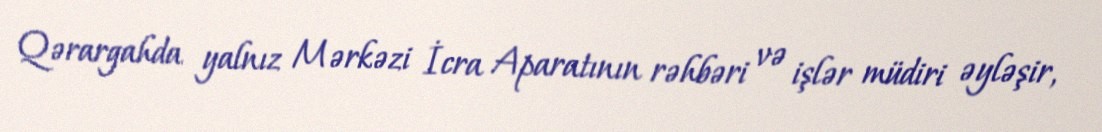
Qərargahda yalnız Mərkəzi İcra Aparatının rəhbəri və işlər müdiri əyləşir,